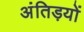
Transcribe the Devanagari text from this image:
अंतिड़यों